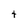
Character: t